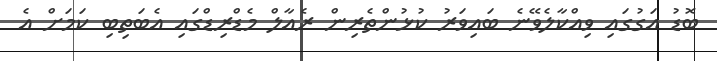
ބޮޑު އަގުގައި ވިއްކާލެވޭނެ ބައިވަރު ކުޅުންތެރިން ރެއާލް މެޑްރިޑްގައި އެބަތިބި ކަމަށް އެ